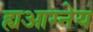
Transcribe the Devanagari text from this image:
ह्यआग्नेय